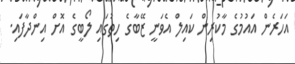
އަހަރެން އައުމުގެ މާކުރިން ކައިލް އެވަނީ ޒޭބާގެ ހިތުގައި ލޯބީގެ އޮށް އިންދާފައި.